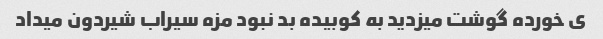
ی خورده گوشت میزدید به کوبیده بد نبود مزه سیراب شیردون میداد